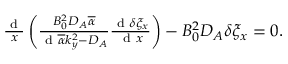
\begin{array} { r } { \frac { \textrm { d } } { x } \left( \frac { B _ { 0 } ^ { 2 } D _ { A } \overline { { \alpha } } } { \textrm { d } \overline { { \alpha } } k _ { y } ^ { 2 } - D _ { A } } \frac { \textrm { d } \delta \xi _ { x } } { \textrm { d } x } \right) - B _ { 0 } ^ { 2 } D _ { A } \delta \xi _ { x } = 0 . } \end{array}